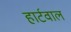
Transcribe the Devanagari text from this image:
हार्टवाल